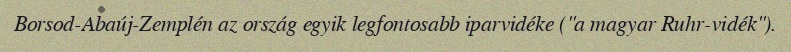
Borsod-Abaúj-Zemplén az ország egyik legfontosabb iparvidéke ("a magyar Ruhr-vidék").